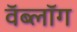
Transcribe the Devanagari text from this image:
वॅब्लॉग